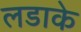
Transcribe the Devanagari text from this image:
लडाके